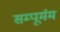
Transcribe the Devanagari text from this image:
सम्पूर्मम